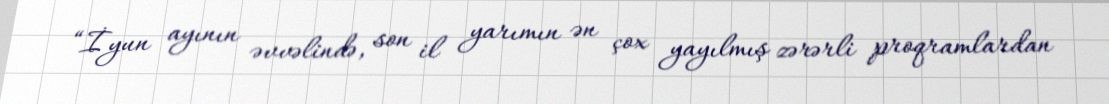
“İyun ayının əvvəlində, son il yarımın ən çox yayılmış zərərli proqramlardan